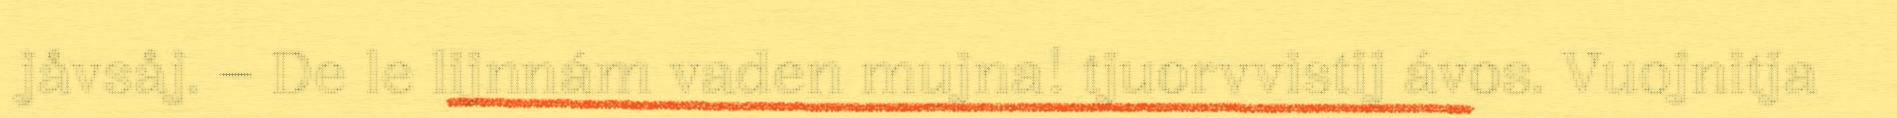
jåvsåj. – De le lijnnám vaden mujna! tjuorvvistij ávos. Vuojnitja